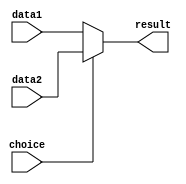
module Multiplexer2(
	input data1,
	input data2,
	input choice,
	output result
	);

	always @(data1 or data2) begin
		if (choice==0)
			result <= data1;
		else
			result <= data2;
	end
endmodule